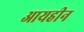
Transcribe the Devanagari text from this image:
आयहीन